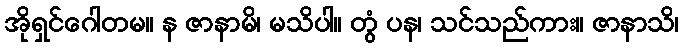
အိုရှင်ဂေါတမ။ န ဇာနာမိ၊ မသိပါ။ တွံ ပန၊ သင်သည်ကား။ ဇာနာသိ၊